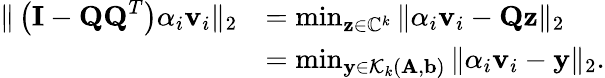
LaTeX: \begin{array}{rl}{\| \left(\mathbf{I}-\mathbf{QQ}^{T}\right)\alpha_{i}\mathbf{v}_{i}\| _{2}}&{=\operatorname*{min}_{\mathbf{z}\in\mathbb{C}^{k}}\| \alpha_{i}\mathbf{v}_{i}-\mathbf{Qz}\| _{2}}\\ &{=\operatorname*{min}_{\mathbf{y}\in\mathcal{K}_{k}(\mathbf{A},\mathbf{b})}\| \alpha_{i}\mathbf{v}_{i}-\mathbf{y}\| _{2}.}\end{array}